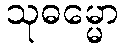
သုဓမ္မော